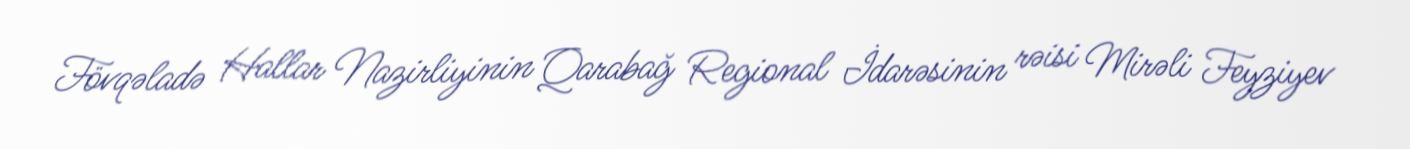
Fövqəladə Hallar Nazirliyinin Qarabağ Regional İdarəsinin rəisi Mirəli Feyziyev